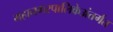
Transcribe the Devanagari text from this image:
महानगरपालिकेअंतर्गत